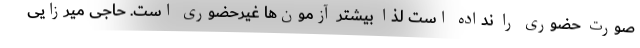
صورت حضوری را نداده است لذا بیشتر آزمون‌ها غیرحضوری است. حاجی میرزایی